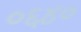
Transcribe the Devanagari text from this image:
०६४०